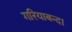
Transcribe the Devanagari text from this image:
गरियाबन्द।